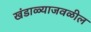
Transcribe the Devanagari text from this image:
खंडाळ्याजवळील